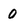
Character: O